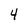
Character: 4